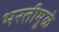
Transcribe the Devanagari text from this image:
भरतीमुळे